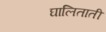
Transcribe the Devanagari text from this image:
घालिताती